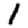
Digit: 1